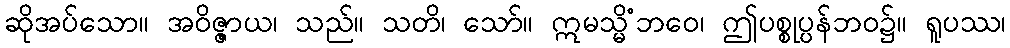
ဆိုအပ်သော။ အဝိဇ္ဇာယ၊ သည်။ သတိ၊ သော်။ ဣမသ္မိံဘဝေ၊ ဤပစ္စုပ္ပန်ဘဝ၌။ ရူပဿ၊